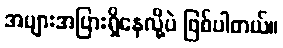
အများအပြားရှိနေလို့ပဲ ဖြစ်ပါတယ်။